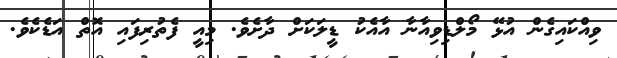
ވިއްކައިގެން އުޅޭ މޯލްޑިވިއާނާ އާއެކު ޑީލަކަށް ދާށެވެ. މިއީ ފެތުރިފައި އޮތް އަޑެކެވެ.